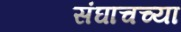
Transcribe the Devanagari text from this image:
संघाचच्या